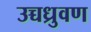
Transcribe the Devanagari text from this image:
उच्चध्रुवण